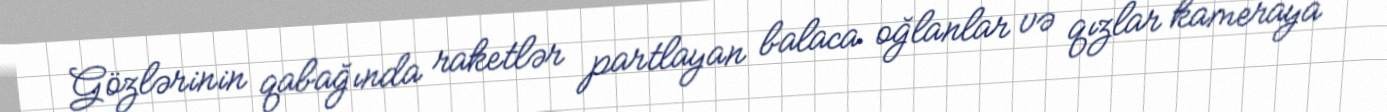
Gözlərinin qabağında raketlər partlayan balaca oğlanlar və qızlar kameraya